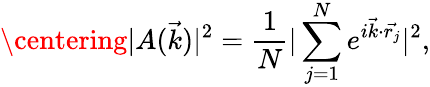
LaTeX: \centering|A(\vec{k})|^{2}=\frac{1}{N}|\sum_{j=1}^{N}e^{i\vec{k}\cdot\vec{r_{j}}}|^{2},